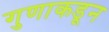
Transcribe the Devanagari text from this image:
गुणाकडून